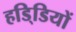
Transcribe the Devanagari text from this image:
हडि्डियों